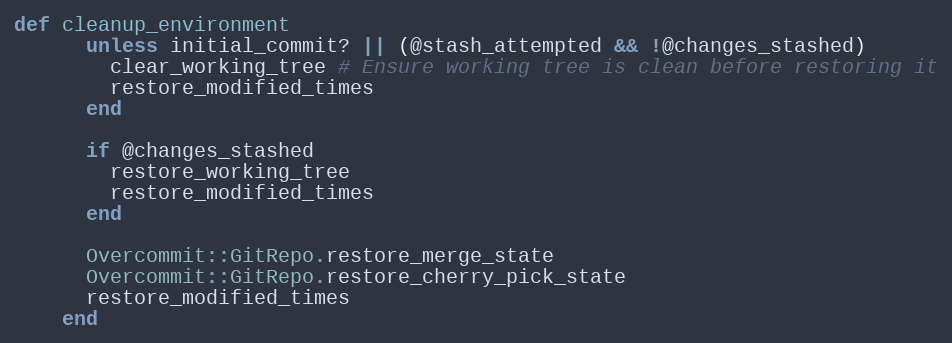
Language: Ruby
def cleanup_environment
      unless initial_commit? || (@stash_attempted && !@changes_stashed)
        clear_working_tree # Ensure working tree is clean before restoring it
        restore_modified_times
      end

      if @changes_stashed
        restore_working_tree
        restore_modified_times
      end

      Overcommit::GitRepo.restore_merge_state
      Overcommit::GitRepo.restore_cherry_pick_state
      restore_modified_times
    end